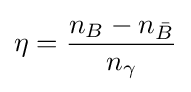
\eta ={\frac {n_{B}-n_{\bar {B}}}{n_{\gamma }}}